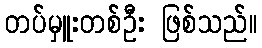
တပ်မှူးတစ်ဦး ဖြစ်သည်။